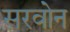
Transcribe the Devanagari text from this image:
सरवोन